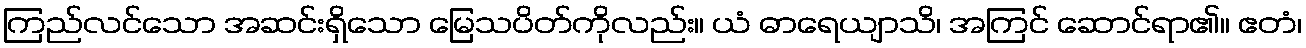
ကြည်လင်သော အဆင်းရှိသော မြေသပိတ်ကိုလည်း။ ယံ ဓာရေယျာသိ၊ အကြင် ဆောင်ရာ၏။ ဧတံ၊